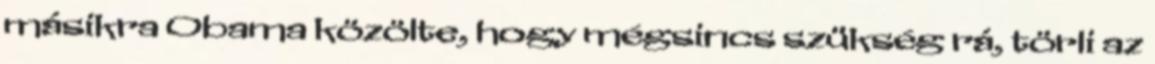
másikra Obama közölte, hogy mégsincs szükség rá, törli az